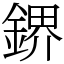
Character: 鎅